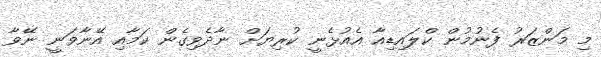
މި މަންޒަރު ފެނުމުން ކްލައިޑިއާ އެއުޅެނީ ކުރިޔަށް ނާދެވިގެން ކަމާއި އޭނާވަނީ ނޭވާ